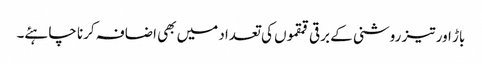
باڑ اور تیز روشنی کے برقی قمقموں کی تعداد میں بھی اضافہ کرنا چاہئے۔